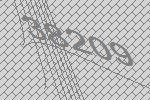
38209